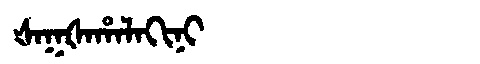
Manchu: ᡧᠠᡴᡧᠠᡥᠠᠯᠠᡴᡳᠨᡳ
Romanization: ŠAKŠAHALAKINI